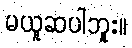
မယူဆပါဘူး။